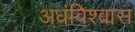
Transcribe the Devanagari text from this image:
अधंविश्वास